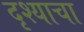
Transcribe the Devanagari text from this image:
दृश्याचा